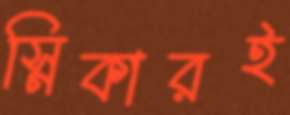
স্নিকারই